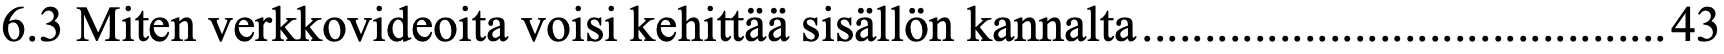
6.3 Miten verkkovideoita voisi kehittää sisällön kannalta..........................................43